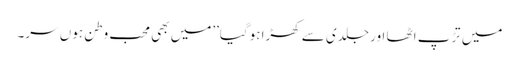
میں تڑپ اٹھا اور جلدی سے کھڑا ہوگیا’’میں بھی محب وطن ہوں سر۔